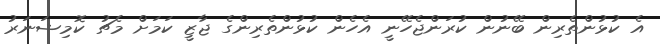
އެ ކުޅުންތެރިން ބޭނުން ކުރަންޖެހޭނީ އެހެން ކުޅުންތެރިންގެ ޖާޒީ ކަމަށް މެޗު ކޮމިޝަނަރު